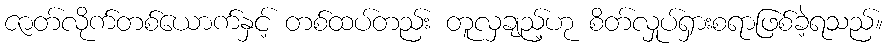
ဇာတ်လိုက်တစ်ယောက်နှင့် တစ်ထပ်တည်း တူလှချည့်ဟု စိတ်လှုပ်ရှားစရာဖြစ်ခဲ့ရသည်။